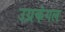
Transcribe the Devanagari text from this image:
उग्रकंगल